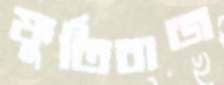
ফুর্তিবাজ